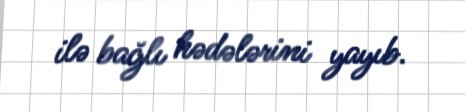
ilə bağlı hədələrini yayıb.